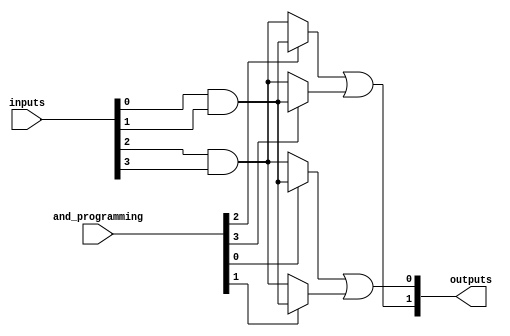
module SPAL #(
    parameter NUM_INPUTS = 8,  // Number of inputs
    parameter NUM_AND_GATES = 4, // Number of AND gates
    parameter NUM_OR_GATES = 2   // Number of OR gates
)(
    input wire [NUM_INPUTS-1:0] inputs, // Input signals
    input wire [NUM_AND_GATES-1:0] and_programming, // Programming signals for AND gates
    output wire [NUM_OR_GATES-1:0] outputs // Output signals
);

// Internal wires for AND gate outputs
wire [NUM_AND_GATES-1:0] and_outputs;

// Programmable AND Array
genvar i, j;
generate
    for (i = 0; i < NUM_AND_GATES; i = i + 1) begin : and_gate
        // Each AND gate can take a subset of inputs based on programming
        assign and_outputs[i] = (and_programming[i]) ? 
            (inputs[0] & inputs[1]) : // Example: AND gate 0 connects inputs 0 and 1
            (inputs[2] & inputs[3]); // Example: AND gate 1 connects inputs 2 and 3
        // Add more conditions based on your specific programming requirements
    end
endgenerate

// Fixed OR Array
assign outputs[0] = and_outputs[0] | and_outputs[1]; // OR gate 0 combines outputs of AND gate 0 and 1
assign outputs[1] = and_outputs[2] | and_outputs[3]; // OR gate 1 combines outputs of AND gate 2 and 3

endmodule